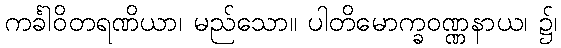
ကင်္ခါဝိတရဏိယာ၊ မည်သော။ ပါတိမောက္ခဝဏ္ဏနာယ၊ ၌၊